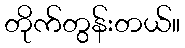
တိုက်တွန်းတယ်။